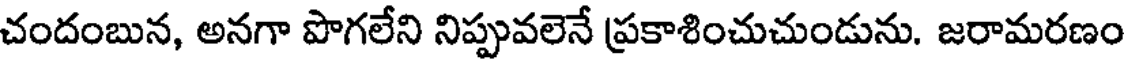
చందంబున, అనగా పొగలేని నిప్పువలెనే ప్రకాశించుచుండును. జరామరణం